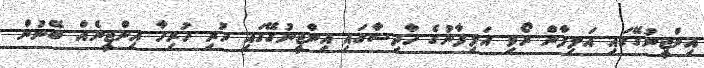
އިންޖީނުގޭގައި އަލިފާން ރޯވި އަލިފާނުގެ ހާދިސާގައި އިންޖީނުގޭގައި ހުރި ހުރިހާ އިންޖީނެއް ބޭނުން